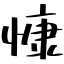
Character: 慷